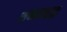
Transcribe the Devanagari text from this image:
शब्बाथाइ